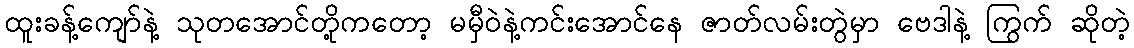
ထူးခန့်ကျော်နဲ့ သုတအောင်တို့ကတော့ မမှီဝဲနဲ့ကင်းအောင်နေ ဇာတ်လမ်းတွဲမှာ ဗေဒါနဲ့ ကြွက် ဆိုတဲ့